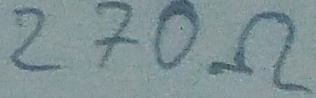
Text: 270Ω